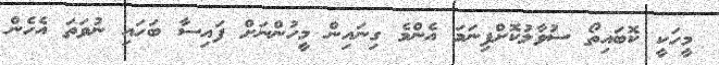
މީހަކީ ކޮބައިތޯ ސުވާލުކޮށްފިނަމަ އެންމެ ގިނައިން މީހުންނަށް ފައިސާ ބަހައި ނުވަތަ އެހެން